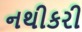
નથીકરી